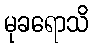
မုခရောသိ